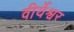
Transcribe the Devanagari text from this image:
वीर्येश्वर